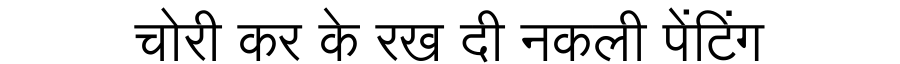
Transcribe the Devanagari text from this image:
चोरी कर के रख दी नकली पेंटिंग